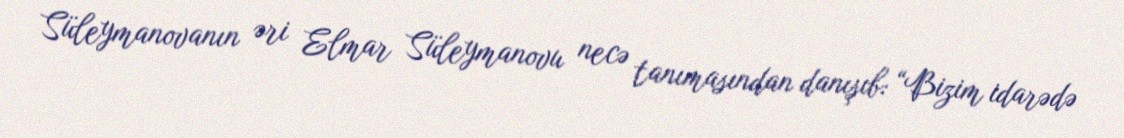
Süleymanovanın əri Elmar Süleymanovu necə tanımasından danışıb: “Bizim idarədə